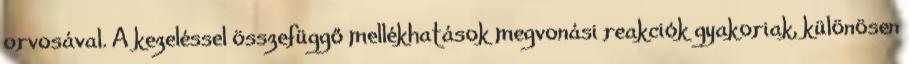
orvosával. A kezeléssel összefüggő mellékhatások megvonási reakciók gyakoriak, különösen